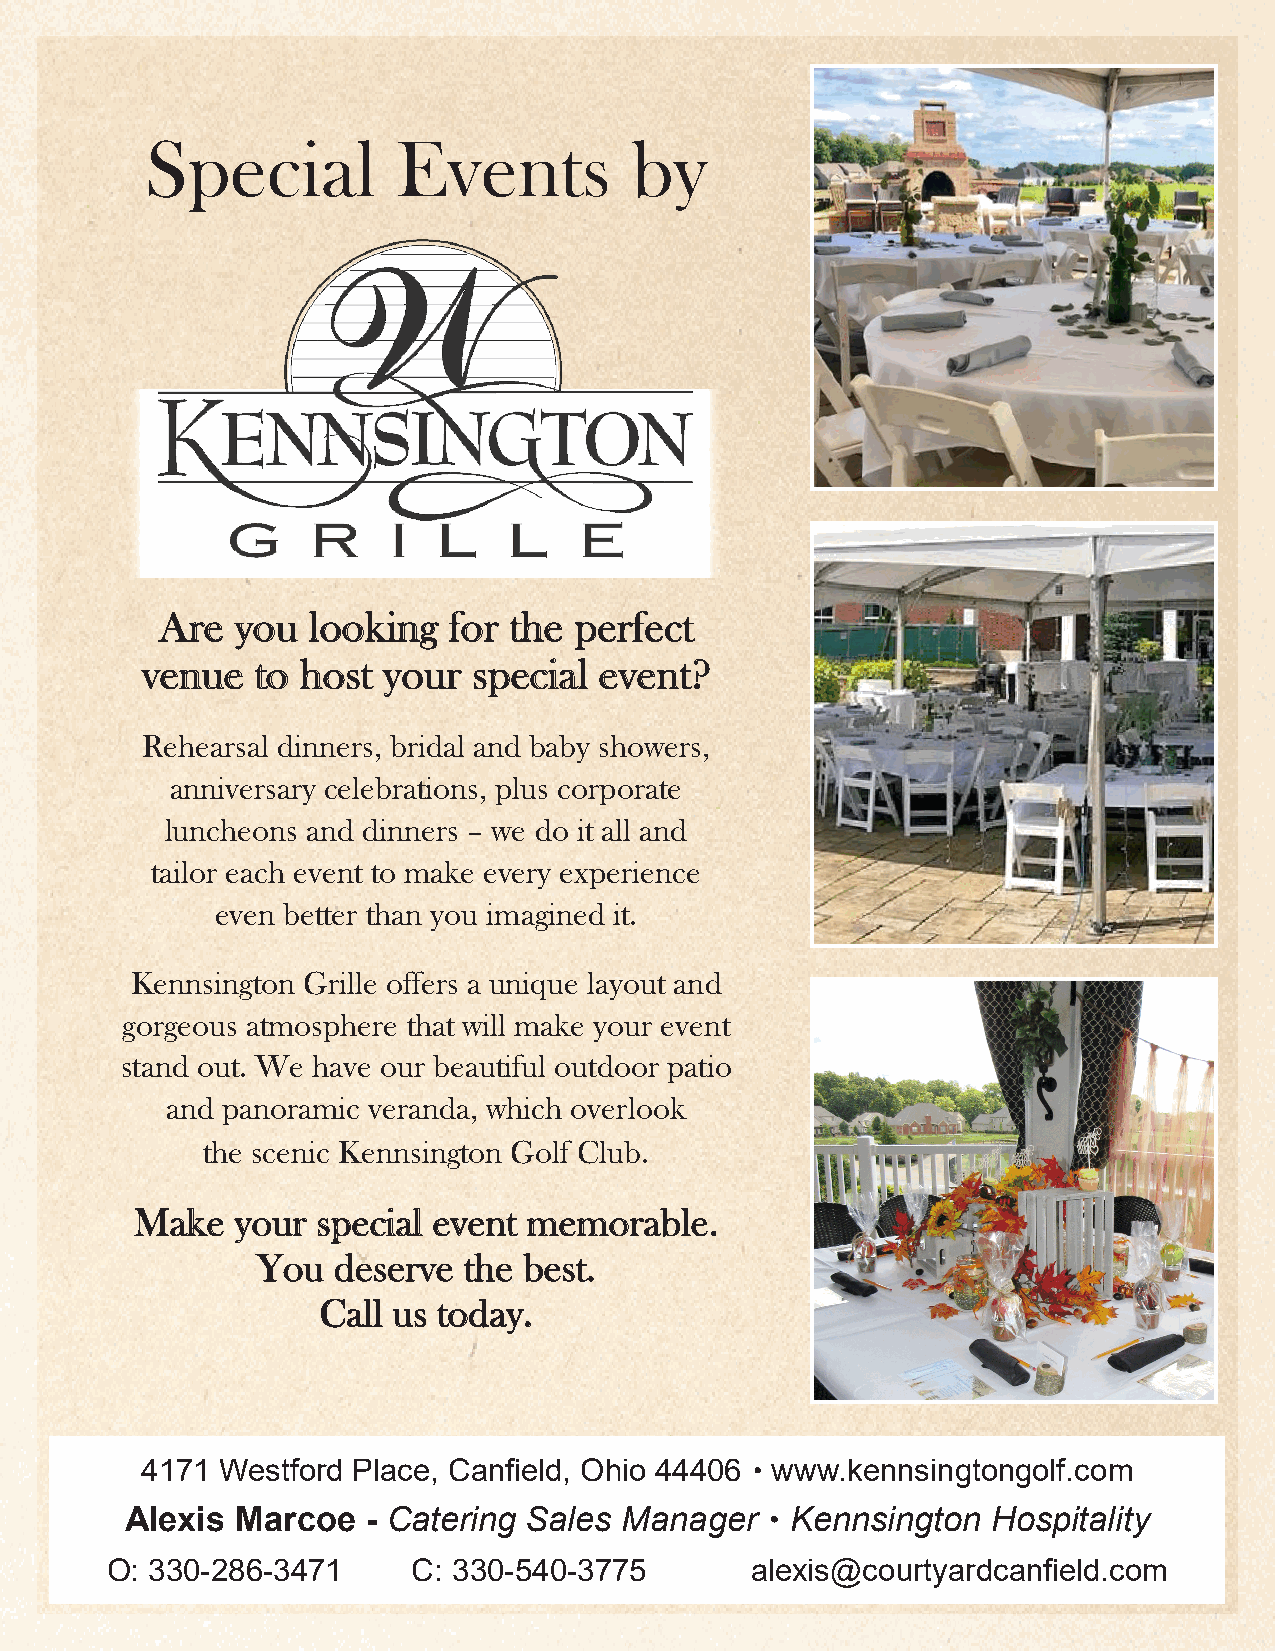
Special         Events          by
 AArree yyoouu llooookkiinngg ffoorr tthhee ppeerrffeecctt
 vveennuuee ttoo hhoosstt yyoouurr ssppeecciiaall eevveenntt??
 Rehearsal dinners, bridal and baby showers,
 anniversary celebrations, plus corporate
 luncheons and dinners – we do it all and
 tailor each event to make every experience
 even better than you imagined it.
 Kennsington Grille offers a unique layout and
 gorgeous atmosphere that will make your event
 stand out. We have our beautiful outdoor patio
 and panoramic veranda, which overlook
 the scenic Kennsington Golf Club.
 MMaakkee yyoouurr ssppeecciiaall eevveenntt mmeemmoorraabbllee..
 YYoouu ddeesseerrvvee tthhee bbeesstt..
 CCaallll uuss ttooddaayy..
 4171  Westford Place, Canfield, Ohio 44406 • www.kennsingtongolf.com
 Alexis  Marcoe  - Catering Sales Manager   • Kennsington  Hospitality
 O: 330-286-3471     C: 330-540-3775        alexis@courtyardcanfield.com